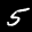
Label: 5